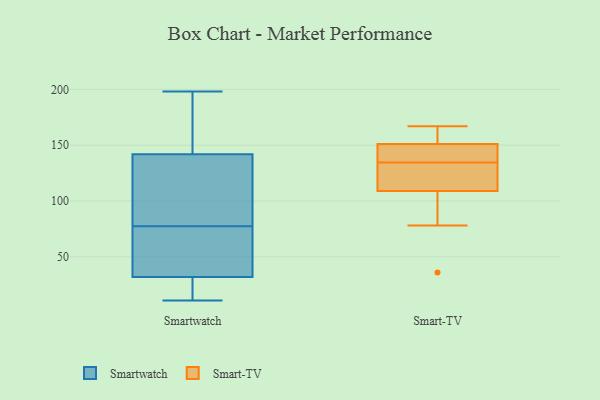
{"axis": {"x": "Waste Production (Tons)", "y": "Value"}, "legend": ["Smart-TV", "Smartwatch"], "data": [{"x": "", "y": 31, "type": "Smartwatch"}, {"x": "", "y": 26, "type": "Smartwatch"}, {"x": "", "y": 127, "type": "Smartwatch"}, {"x": "", "y": 45, "type": "Smartwatch"}, {"x": "", "y": 187, "type": "Smartwatch"}, {"x": "", "y": 178, "type": "Smartwatch"}, {"x": "", "y": 94, "type": "Smartwatch"}, {"x": "", "y": 133, "type": "Smartwatch"}, {"x": "", "y": 161, "type": "Smartwatch"}, {"x": "", "y": 11, "type": "Smartwatch"}, {"x": "", "y": 40, "type": "Smartwatch"}, {"x": "", "y": 33, "type": "Smartwatch"}, {"x": "", "y": 64, "type": "Smartwatch"}, {"x": "", "y": 67, "type": "Smartwatch"}, {"x": "", "y": 124, "type": "Smartwatch"}, {"x": "", "y": 21, "type": "Smartwatch"}, {"x": "", "y": 88, "type": "Smartwatch"}, {"x": "", "y": 198, "type": "Smartwatch"}, {"x": "", "y": 151, "type": "Smartwatch"}, {"x": "", "y": 24, "type": "Smartwatch"}, {"x": "", "y": 109, "type": "Smart-TV"}, {"x": "", "y": 147, "type": "Smart-TV"}, {"x": "", "y": 78, "type": "Smart-TV"}, {"x": "", "y": 151, "type": "Smart-TV"}, {"x": "", "y": 36, "type": "Smart-TV"}, {"x": "", "y": 130, "type": "Smart-TV"}, {"x": "", "y": 167, "type": "Smart-TV"}, {"x": "", "y": 139, "type": "Smart-TV"}, {"x": "", "y": 126, "type": "Smart-TV"}, {"x": "", "y": 167, "type": "Smart-TV"}]}